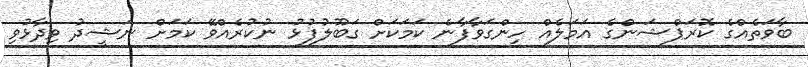
ބާވަތެއްގެ ކޮރަޕްޝަންގެ އަމަލެއް ހިންގަވާފާނެ ކަމަކަށް ގަބޫލުފުޅު ނުކުރެއްވޭ ކަމަށް ނަޝީދު ވިދާޅުވި